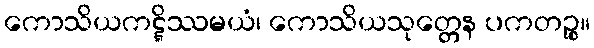
ကောသိယကဋ္ဋိဿမယံ၊ ကောသိယသုတ္တေန ပကတဉ္စ။